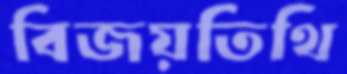
বিজয়তিথি